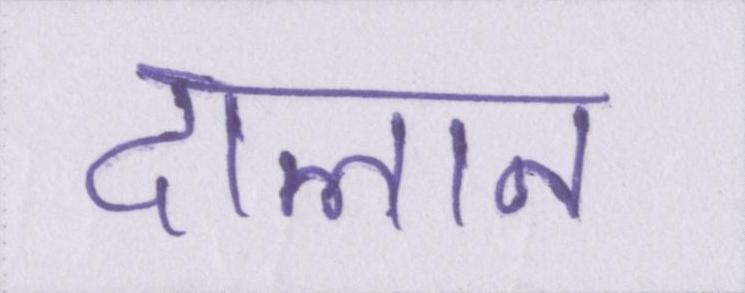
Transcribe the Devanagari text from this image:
दालान